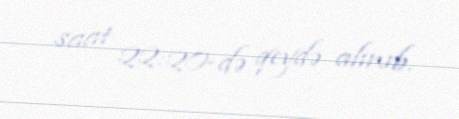
saat 22:20-də qeydə alınıb.